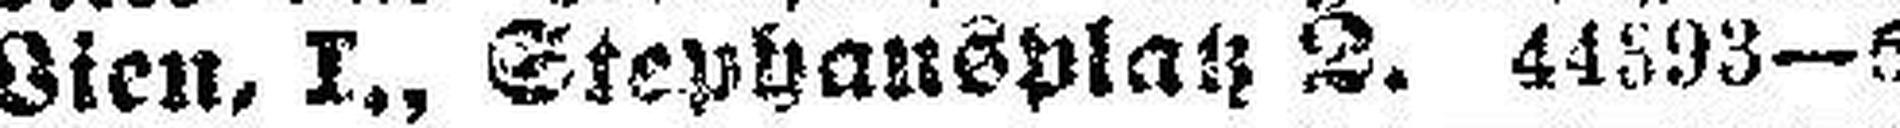
Wien, I., Stephansplatz 2. 44393—5